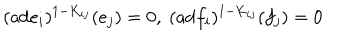
( \mathrm { a d } e _ { i } ) ^ { 1 - K _ { i j } } ( e _ { j } ) = 0 , ~ ( \mathrm { a d } f _ { i } ) ^ { 1 - K _ { i j } } ( f _ { j } ) = 0